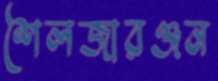
শৈলজারঞ্জন